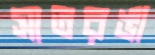
সাতরঙা